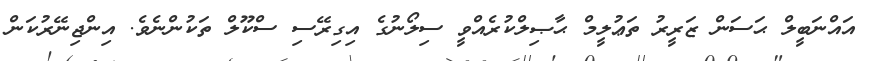
އައްނަބީލް ޙަސަން ޒަރީރު ތަޢުލީމް ޙާޞިލްކުރެއްވީ ސިލޯނުގެ އިގިރޭސި ސްކޫލް ތަކުންނެވެ. އިންޖިނޭރުކަން